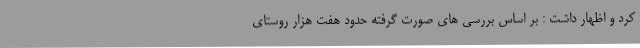
کرد و اظهار داشت : بر اساس بررسی های صورت گرفته حدود هفت هزار روستای